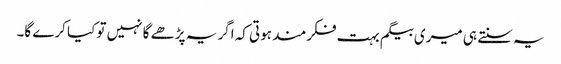
یہ سنتے ہی میری بیگم بہت فکرمند ہوتی کہ اگر یہ پڑھے گا نہیں تو کیا کرے گا۔